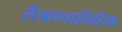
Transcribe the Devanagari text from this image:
रीअलपालिटिक